Indian journal of veterinary science and animal husbandry - Volume 7,
Year: 1937
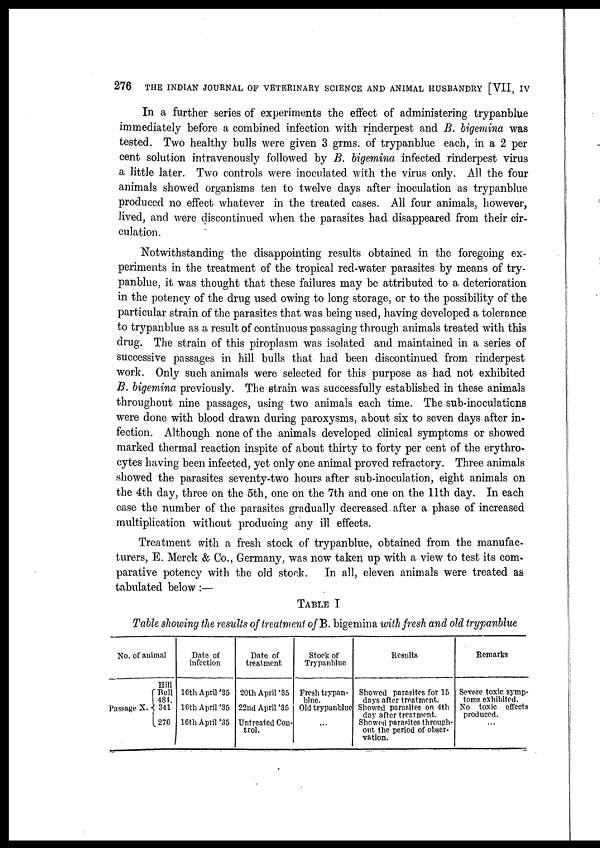
276
THE INDIAN JOURNAL OF VETERINARY SCIENCE AND ANIMAL HUSBANDRY [VII, IV
In a further series of experiments the effect of administering trypanblue
immediately before a combined infection with rinderpest and B. bigemina was
tested. Two healthy bulls were given 3 grms. of trypanblue each, in a 2 per
cent solution intravenously followed by B. bigemina infected rinderpest virus
a little later. Two controls were inoculated with the virus only. All the four
animals showed organisms ten to twelve days after inoculation as trypanblue
produced no effect whatever in the treated cases. All four animals, however,
lived, and were discontinued when the parasites had disappeared from their cir-
culation.
Notwithstanding the disappointing results obtained in the foregoing ex-
periments in the treatment of the tropical red-water parasites by means of try-
panblue, it was thought that these failures may be attributed to a deterioration
in the potency of the drug used owing to long storage, or to the possibility of the
particular strain of the parasites that was being used, having developed a tolerance
to trypanblue as a result of continuous passaging through animals treated with this
drug. The strain of this piroplasm was isolated and maintained in a series of
successive passages in hill bulls that had been discontinued from rinderpest
work. Only such animals were selected for this purpose as had not exhibited
B. bigemina previously. The strain was successfully established in these animals
throughout nine passages, using two animals each time. The sub-inoculations
were done with blood drawn during paroxysms, about six to seven days after in-
fection. Although none of the animals developed clinical symptoms or showed
marked thermal reaction inspite of about thirty to forty per cent of the erythro-
cytes having been infected, yet only one animal proved refractory. Three animals
showed the parasites seventy-two hours after sub-inoculation, eight animals on
the 4th day, three on the 5th, one on the 7th and one on the 11th day. In each
case the number of the parasites gradually decreased after a phase of increased
multiplication without producing any ill effects.
Treatment with a fresh stock of trypanblue, obtained from the manufac-
turers, E. Merck & Co., Germany, was now taken up with a view to test its com-
parative potency with the old stock.
In all, eleven animals were treated as
tabulated below:—
TABLE I
Table showing the results of treatment of B. bigemina with fresh and old trypanblue
No. of animal
Passage X.
Hill
Bull
484.
341
276
Date of
Infection
16th April '35
16th April '35
16th April '35
Date of
treatment
20th April '35
22nd April '35
Untreated Con-
trol.
Stock of
Trypanblue
Fresh trypan-
blue.
Old trypanblue
. . .
Results
Showed parasites for 15
days after treatment.
Showed parasites on 4th
day after treatment.
Showed parasites through-
out the period of obser-
vation.
Remarks
Severe toxic symp-
toms exhibited.
No toxic effects
produced.
. . .